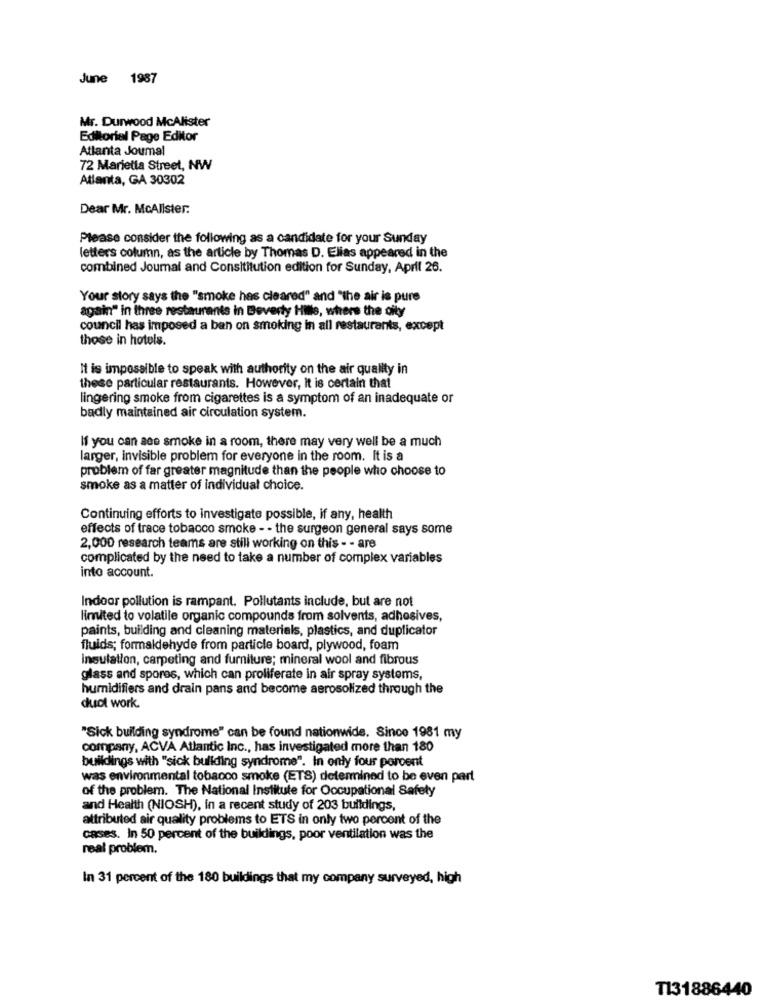
June 1987
Mr. Durwood McAlister
Editorial Page Editor
Atlanta Joumal
72 Marietta Street, NW
Atlanta, GA 30302
Dear Mr. McAlister:
Please consider the following as a candidate for your Sunday
letters column, as the article by Thomas D. Elias appeared in the
combined Journal and Consititution edition for Sunday, April 26.
Your story says the "smoke has cleared" and "the air is pure
again" in three restaurants in Beverly Hills, where the oily
council has imposed a ban on smoking in all restaurants, except
those in hotels.
It is impossible to speak with authority on the air quality in
these particular restaurants. However, It is certain that
lingering smoke from cigarettes is a symptom of an inadequate or
badly maintained air circulation system.
If you can see smoke in a room, there may very well be a much
larger, invisible problem for everyone in the room. It is a
problem of far greater magnitude than the people who choose to
smoke as a matter of individual choice.
Continuing efforts to investigate possible, if any, health
effects of trace tobacco smoke - - the surgeon general says some
2,000 research teams are still working on this - - are
complicated by the need to take a number of complex variables
into account.
Indoor pollution is rampant. Pollutants include, but are not
limited to volatile organic compounds from solvents, adhesives,
paints, building and cleaning materials, plastics, and duplicator
fluids; formaldehyde from particle board, plywood, foam
Insulation, carpeting and furniture; mineral wool and fibrous
glass and spores, which can proliferate in air spray systems,
humidifiers and drain pans and become aerosolized through the
duot work.
"Sick building syndrome" can be found nationwide. Since 1981 my
company, ACVA Atlantic Inc ., has investigated more than 180
buildings with "sick building syndrome". In only four percent
was environmental tobacco smoke (ETS) determined to be even part
of the problem. The National Institute for Occupational Safety
and Health (NIOSH), in a recent study of 203 buildings,
attributed air quality problems to ETS in only two percent of the
cases. In 50 percent of the buildings, poor ventilation was the
real problem.
In 31 percent of the 180 buildings that my company surveyed, high
T131886440